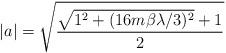
LaTeX: \begin{align*}|a|=\sqrt{\frac{\sqrt{1^{2}+(16m\beta \lambda /3)^{2}}+1}{2}}\end{align*}